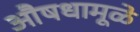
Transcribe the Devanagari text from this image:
औषधामूळे